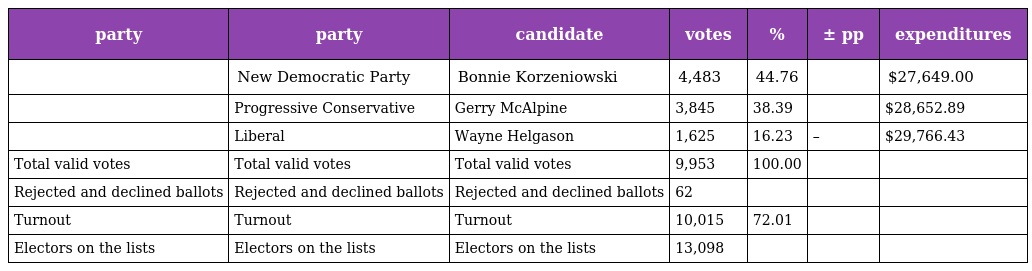
| party | party | candidate | votes | % | ± pp | expenditures |
 | --- | --- | --- | --- | --- | --- | --- |
 |  | New Democratic Party | Bonnie Korzeniowski | 4,483 | 44.76 |  | $27,649.00 |
 |  | Progressive Conservative | Gerry McAlpine | 3,845 | 38.39 |  | $28,652.89 |
 |  | Liberal | Wayne Helgason | 1,625 | 16.23 | – | $29,766.43 |
 | Total valid votes | Total valid votes | Total valid votes | 9,953 | 100.00 |  |  |
 | Rejected and declined ballots | Rejected and declined ballots | Rejected and declined ballots | 62 |  |  |  |
 | Turnout | Turnout | Turnout | 10,015 | 72.01 |  |  |
 | Electors on the lists | Electors on the lists | Electors on the lists | 13,098 |  |  |  |